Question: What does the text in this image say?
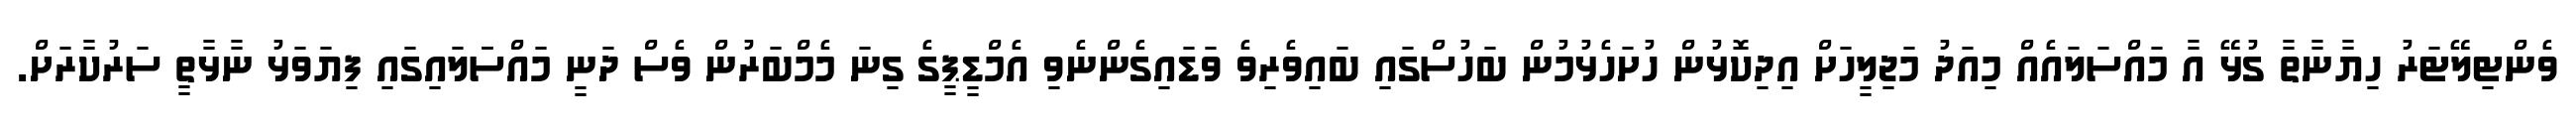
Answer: ވެންޓިލޭޓަރު ހިޔާނާތާ ގުޅޭ އާ މައްސަލައެއް މިއަދު މަޖިލީހަށް އިދިކޮޅުން ހުށަހެޅުމުން ބަހުސްގައި ބައިވެރިވެ ވަޑައިގެންނެވި އެމްޑީޕީގެ ގިނަ މެމްބަރުން ވެސް ދަނީ މައްސަަލައިގައި ފިޔަވަޅު ނާޅާތީ ސަރުކާރަށް.